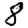
Digit: 8